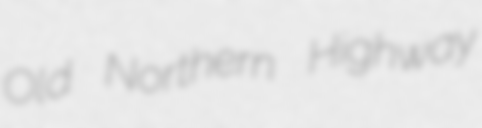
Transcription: Old Northern Highway